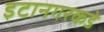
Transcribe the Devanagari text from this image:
इटानगरकडे